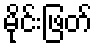
မိုင်းဖြတ်